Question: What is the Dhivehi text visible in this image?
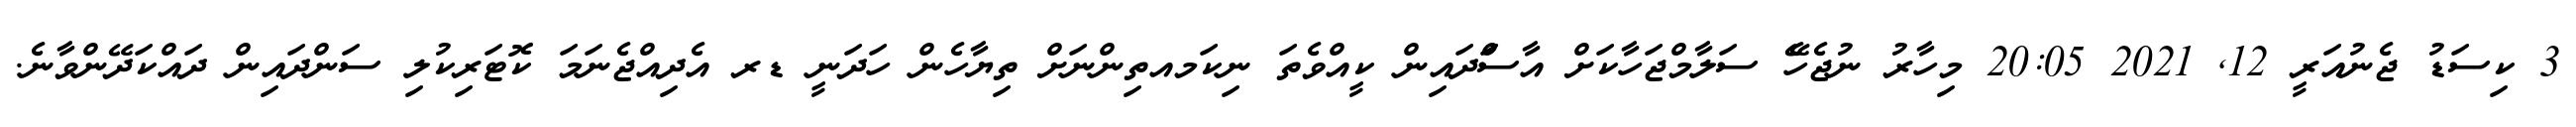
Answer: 3 ކިސަޑު ޖެނުއަރީ 12, 2021 20:05 މިހާރު ނުޖެހޭެ ސަލާމްޖަހާކަށް އާސަްދައިން ކީއްވެތަ ނިކަމއތިންނަށް ތިޔާހެން ހަދަނީ ޑރ އެދިއްޖެނަމަ ކޮޓަރިކުލި ސަންދައިން ދައްކަދޭންވާނެ.